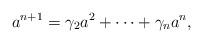
LaTeX: \begin{align*} a^{n+1} = \gamma_2 a^2 +\dots+ \gamma_{n}a^{n},\end{align*}